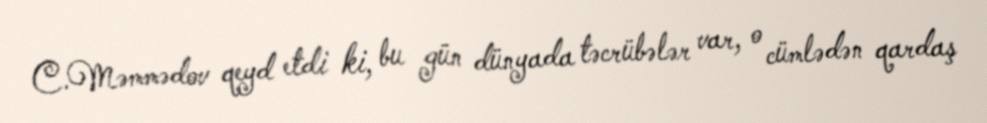
C.Məmmədov qeyd etdi ki, bu gün dünyada təcrübələr var, o cümlədən qardaş